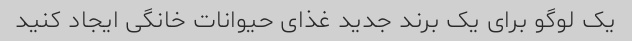
یک لوگو برای یک برند جدید غذای حیوانات خانگی ایجاد کنید